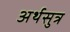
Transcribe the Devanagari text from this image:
अर्थसुत्र